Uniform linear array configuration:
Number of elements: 64
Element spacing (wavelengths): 0.25
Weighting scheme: binomial
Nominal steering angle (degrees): -60
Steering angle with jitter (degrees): -60.63
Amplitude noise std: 0.05
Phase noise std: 0.05

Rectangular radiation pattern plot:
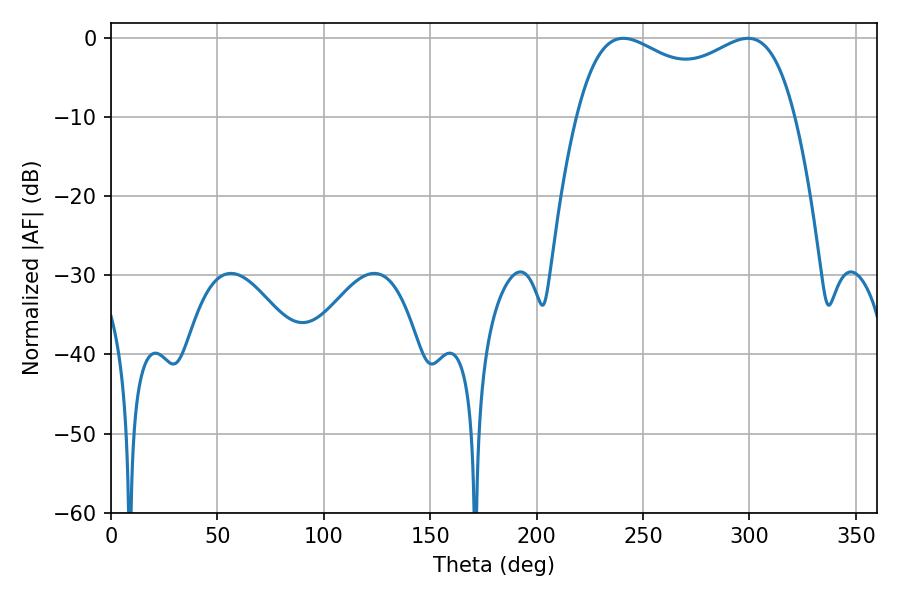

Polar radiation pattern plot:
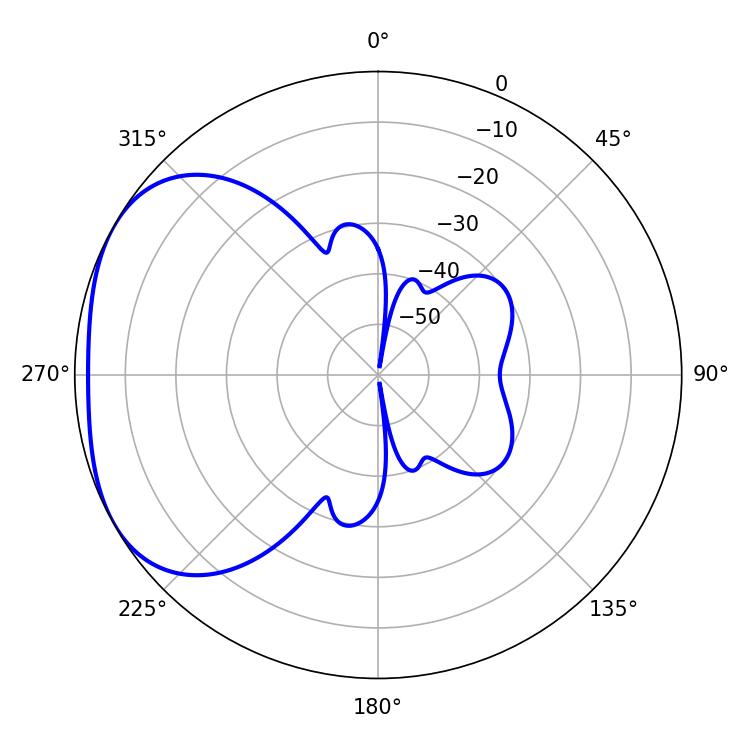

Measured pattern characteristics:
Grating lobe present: FALSE
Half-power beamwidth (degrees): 84.96
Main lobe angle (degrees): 240.66